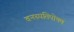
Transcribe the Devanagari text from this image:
वनस्पतिपोषण